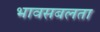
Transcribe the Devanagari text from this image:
भावसबलता